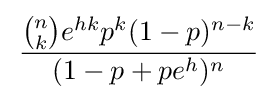
\,{\frac {{n \choose k}e^{hk}p^{k}(1-p)^{n-k}}{(1-p+pe^{h})^{n}}}